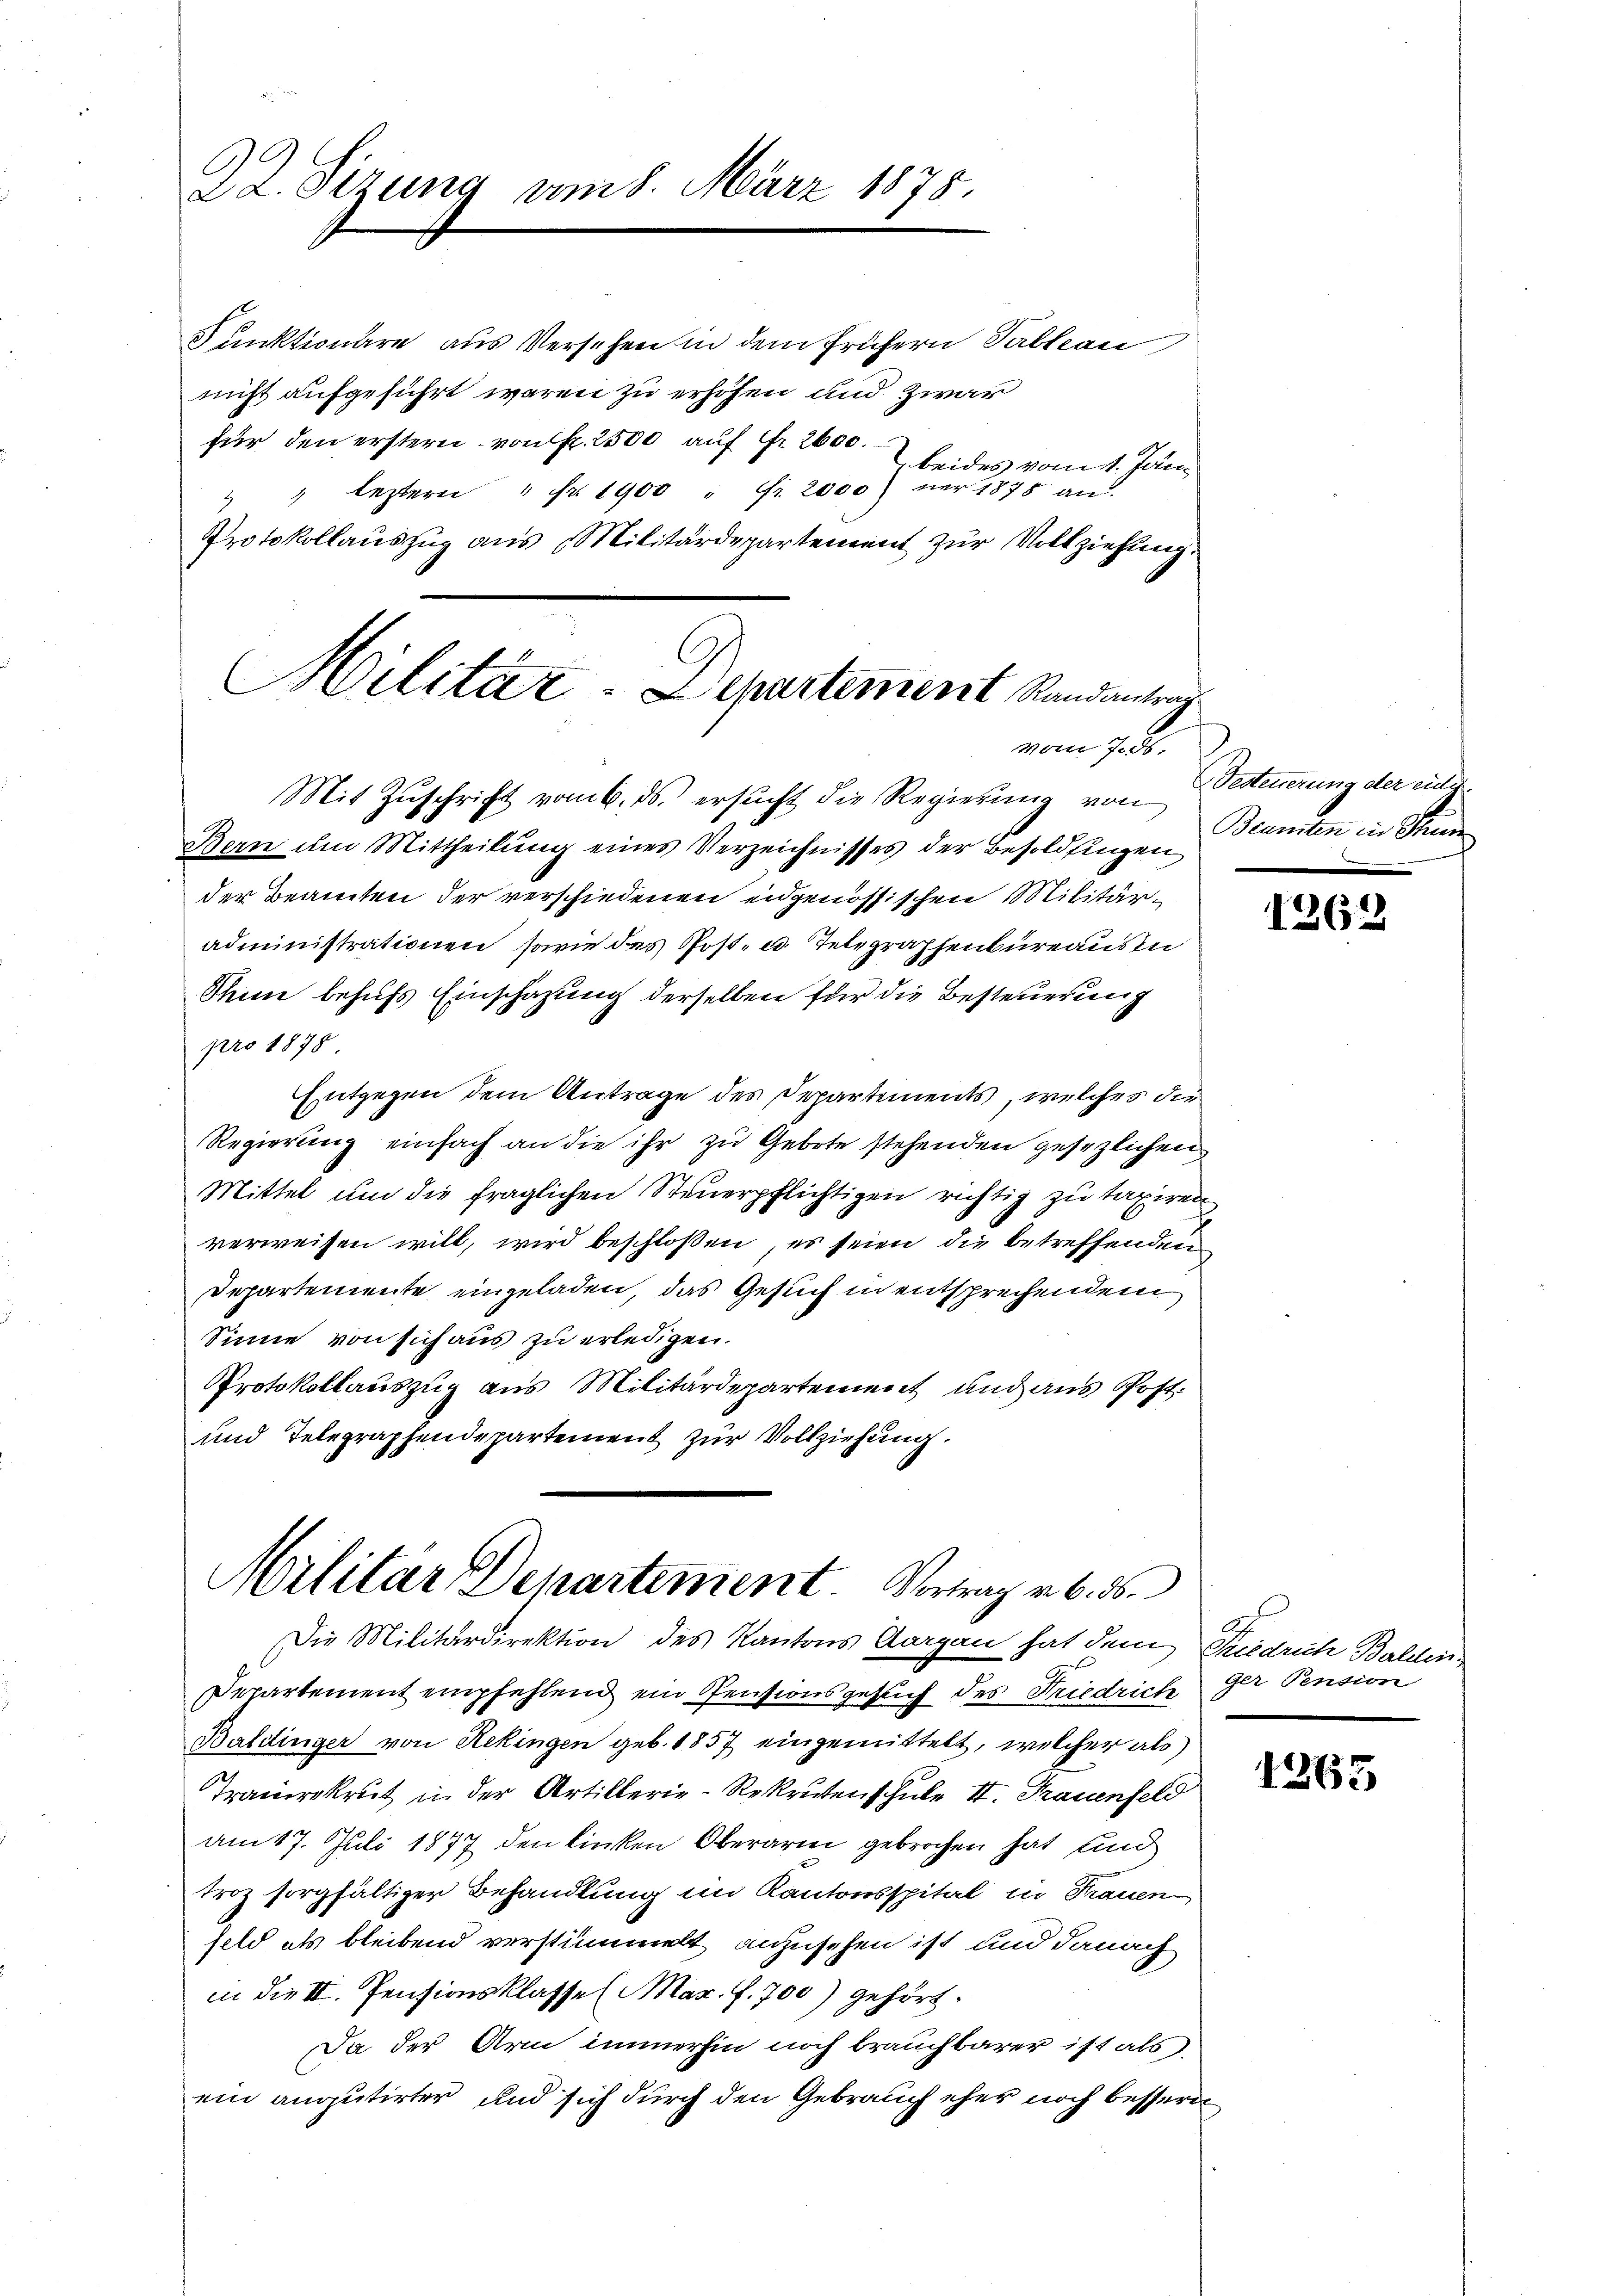
A
22. Sizung am 8. März 1878.

Funktionäre aus Versehen in dem frühern Tableau
nicht aufgeführt waren zu erhöhen und zwar
für den erstern von fr. 2500 auf Fr. 2600.
beides vom 1. Jan.
leztern " Nr. 1900 " fr. 2000) nur 1878 an.
d
Protokollauszug aus Militärdepartement zur Vollziehung.

Militär-Lepartement Randantrag
vom 7. ds.
Mit Zŭschrift vom 6. ds. ersŭcht die Regierŭng von

Bern am Mittheilŭng eines Verzeichnisses der Besoldungen Beamten in Stunde
der Beamten der verschiedenen eidgenössischen Militäradministrationen, sowie des Post- u. Telegraphenbureaus in
Thun behufs Einschazung derselben für die Besteuerung
pro 1878
Entgegen dem Antrage des Departements, welches die
Regierung einfach an die ihr zu Gebote stehenden gesezlichen
Mittel um die fraglichen Steuerpflichtigen richtig zu taxiren
verweisen will, wird beschloßen, es seien die betreffenden
Departemente eingeladen, das Gesuch in entsprechendem
Sinne von sich aus zu erledigen.
Protokollauszug aus Militärdepartement und aus Post
und Telegraphendepartement zur Vollziehung.

Militar Departement. Vortrag v. 6. d.

Die Militärdirektion des Kantons Aargau hat dem Friedrich Balden¬
Departement empfehlend ein Pensionsgesuch des Friedrich der Pension
Baldinger von Rekingen geb. 1857 eingemittelt, welcher als
Trauerekrut in der Artillerie-Rekrutenschule II. Trauenfeld
am 17. Juli 1877 den linken Oberarm gebrochen hat, und
troz sorgfältiger Behandlung im Kantonsspital in Frauen
feld als bleibend verstümmelt anzusehen ist und danach
in die II. Pensionsklasse (Mar. f. 700) gehört.
Da der Arm immerhin noch brauchbarer ist als
ein anputirter und sich durch den Gebrauch ehes noch bessern

Desteuerung der eider.

1262

1265